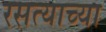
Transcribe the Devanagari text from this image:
रसत्याच्या